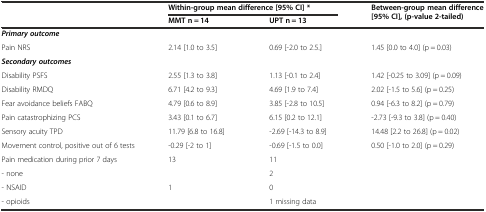
| <ROWSPAN=2>  | <COLSPAN=2> Within-group mean difference [95% CI] * | <ROWSPAN=2> Between-group mean difference [95% CI], (p-value 2-tailed) |
 | MMT n = 14 | UPT n = 13 |
 | --- | --- | --- | --- |
 | Primary outcome |  |  |  |
 | Pain NRS | 2.14 [1.0 to 3.5] | 0.69 [-2.0 to 2.5.] | 1.45 [0.0 to 4.0] (p = 0.03) |
 | Secondary outcomes |  |  |  |
 | Disability PSFS | 2.55 [1.3 to 3.8] | 1.13 [-0.1 to 2.4] | 1.42 [-0.25 to 3.09] (p = 0.09) |
 | Disability RMDQ | 6.71 [4.2 to 9.3] | 4.69 [1.9 to 7.4] | 2.02 [-1.5 to 5.6] (p = 0.25) |
 | Fear avoidance beliefs FABQ | 4.79 [0.6 to 8.9] | 3.85 [-2.8 to 10.5] | 0.94 [-6.3 to 8.2] (p = 0.79) |
 | Pain catastrophizing PCS | 3.43 [0.1 to 6.7] | 6.15 [0.2 to 12.1] | -2.73 [-9.3 to 3.8] (p = 0.40) |
 | Sensory acuity TPD | 11.79 [6.8 to 16.8] | -2.69 [-14.3 to 8.9] | 14.48 [2.2 to 26.8] (p = 0.02) |
 | Movement control, positive out of 6 tests | -0.29 [-2 to 1] | -0.69 [-1.5 to 0.0] | 0.50 [-1.0 to 2.0] (p = 0.29) |
 | Pain medication during prior 7 days | 13 | 11 | <ROWSPAN=4>  |
 | - none |  | 2 |
 | - NSAID | 1 | 0 |
 | - opioids |  | 1 missing data |